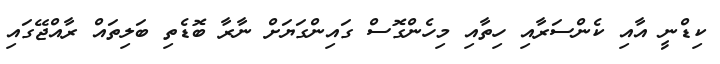
ކިޑްނީ އާއި ކެންސަރާއި ހިތާއި މިހެންގޮސް ގައިންގަޔަށް ނާރާ ބޮޑެތި ބަލިތައް ރާއްޖޭގައި